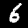
Label: 6